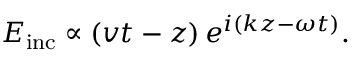
E _ { \mathrm { i n c } } \propto \left( v t - z \right) e ^ { i \left( k z - \omega t \right) } .